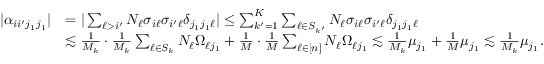
\begin{array} { r l } { | \alpha _ { i i ^ { \prime } j _ { 1 } j _ { 1 } } | } & { = | \sum _ { \ell > i ^ { \prime } } N _ { \ell } \sigma _ { i \ell } \sigma _ { i ^ { \prime } \ell } \delta _ { j _ { 1 } j _ { 1 } \ell } | \leq \sum _ { k ^ { \prime } = 1 } ^ { K } \sum _ { \ell \in S _ { k ^ { \prime } } } N _ { \ell } \sigma _ { i \ell } \sigma _ { i ^ { \prime } \ell } \delta _ { j _ { 1 } j _ { 1 } \ell } } \\ & { \lesssim \frac { 1 } { M _ { k } } \cdot \frac { 1 } { M _ { k } } \sum _ { \ell \in S _ { k } } N _ { \ell } \Omega _ { \ell j _ { 1 } } + \frac { 1 } { M } \cdot \frac { 1 } { M } \sum _ { \ell \in [ n ] } N _ { \ell } \Omega _ { \ell j _ { 1 } } \lesssim \frac { 1 } { M _ { k } } \mu _ { j _ { 1 } } + \frac { 1 } { M } \mu _ { j _ { 1 } } \lesssim \frac { 1 } { M _ { k } } \mu _ { j _ { 1 } } . } \end{array}